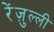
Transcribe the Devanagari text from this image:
रेंज़ुल्ली